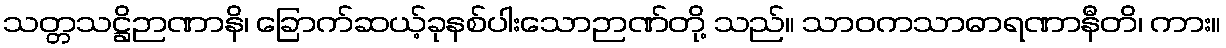
သတ္တသဋ္ဌိဉာဏာနိ၊ ခြောက်ဆယ့်ခုနစ်ပါးသောဉာဏ်တို့ သည်။ သာဝကသာဓာရဏာနီတိ၊ ကား။